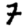
Digit: 7